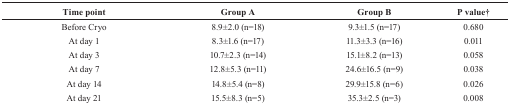
<table><thead><tr><td><b>Time point</b></td><td><b>Group A</b></td><td><b>Group B</b></td><td><b>P value†</b></td></tr></thead><tbody><tr><td>Before Cryo</td><td>8.9±2.0 (n=18)</td><td>9.3±1.5 (n=17)</td><td>0.680</td></tr><tr><td>At day 1</td><td>8.3±1.6 (n=17)</td><td>11.3±3.3 (n=16)</td><td>0.011</td></tr><tr><td>At day 3</td><td>10.7±2.3 (n=14)</td><td>15.1±8.2 (n=13)</td><td>0.058</td></tr><tr><td>At day 7</td><td>12.8±5.3 (n=11)</td><td>24.6±16.5 (n=9)</td><td>0.038</td></tr><tr><td>At day 14</td><td>14.8±5.4 (n=8)</td><td>29.9±15.8 (n=6)</td><td>0.026</td></tr><tr><td>At day 21</td><td>15.5±8.3 (n=5)</td><td>35.3±2.5 (n=3)</td><td>0.008</td></tr></tbody></table>